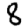
Digit: 8